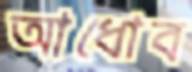
আধোব